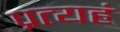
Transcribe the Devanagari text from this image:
प्रत्यहं